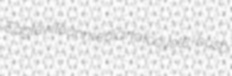
Eagleville unmedicinal coyote-bush